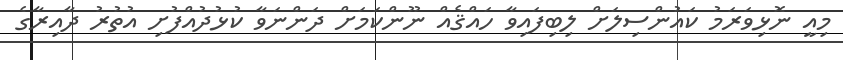
މިއީ ނޮޅިވަރަމު ކައުންސިލަށް ލިބިފައިވާ ހައްޤެއް ނޫންކަމަށް ދަންނަވާ ކުޅުދުއްފުށި އުތުރު ދާއިރާގެ